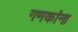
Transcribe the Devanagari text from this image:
गणकांना